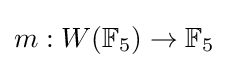
m:W(\mathbb {F} _{5})\to \mathbb {F} _{5}